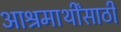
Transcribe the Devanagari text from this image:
आश्रमार्थींसाठी